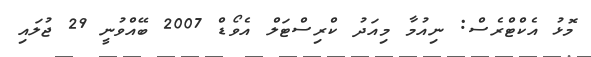
މޮޅު އެކްޓްރެސް: ނިއުމާ މިއަދު ކްރިސްޓަލް އެވޯޑް 2007 ބޭއްވުނީ 29 ޖުލައި